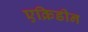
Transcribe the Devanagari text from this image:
एक्रिडीन